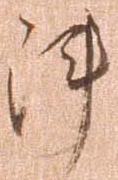
陣